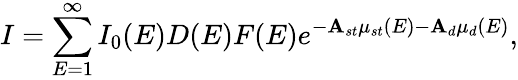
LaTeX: I=\sum_{E=1}^{\infty}I_{0}(E)D(E)F(E)e^{-\mathbf{A}_{st}\mu_{st}(E)-\mathbf{A}_{d}\mu_{d}(E)},